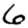
Digit: 6